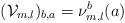
LaTeX: \begin{align*}(\mathcal{V}_{m,l})_{b,a}=\nu^{b}_{m,l}(a)\end{align*}